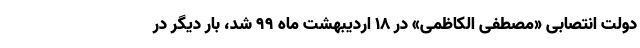
دولت انتصابی «مصطفی الکاظمی» در ۱۸ اردیبهشت ماه ۹۹ شد، بار دیگر در